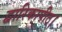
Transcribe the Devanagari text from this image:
द्वारिकापीठ।